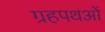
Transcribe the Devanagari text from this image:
ग्रहपथओं